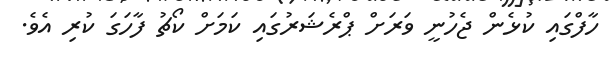
ހާފްގައި ކުޅެން ޖެހުނީ ވަރަށް ޕްރެޝަރުގައި ކަމަށް ކޯޗު ފާހަގަ ކުރި އެވެ.